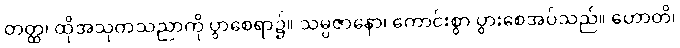
တတ္ထ၊ ထိုအသုတသညာကို ပွာစေရာ၌။ သမ္ပဇာနော၊ ကောင်းစွာ ပွားစေအပ်သည်။ ဟောတိ၊